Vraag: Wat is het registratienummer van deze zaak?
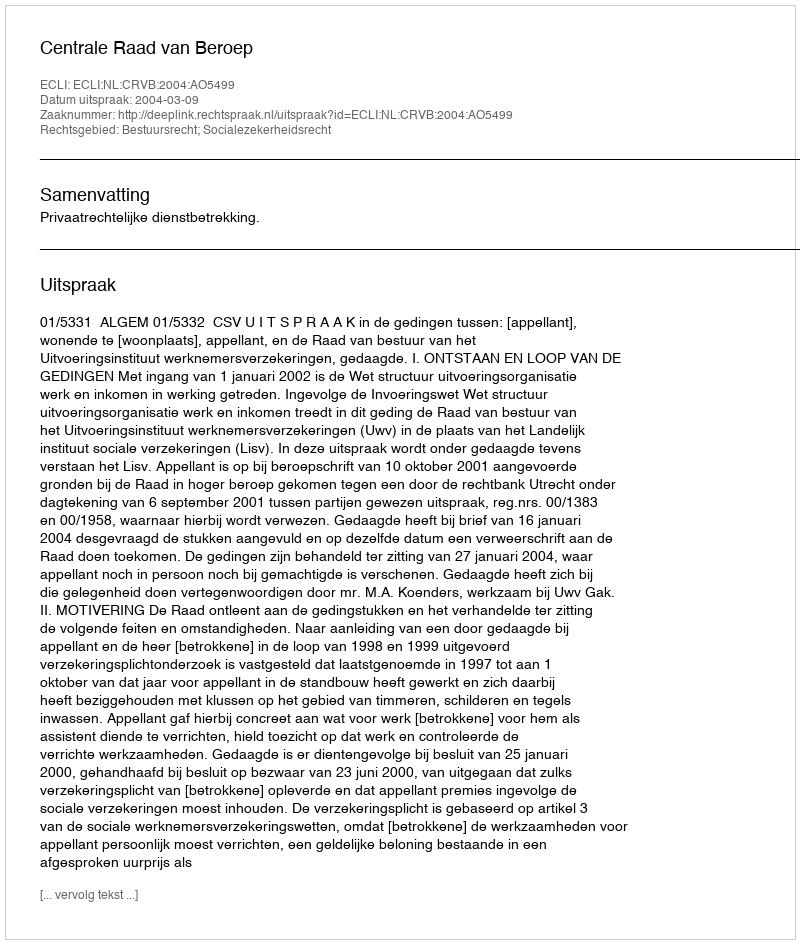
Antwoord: http://deeplink.rechtspraak.nl/uitspraak?id=ECLI:NL:CRVB:2004:AO5499